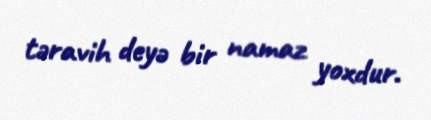
təravih deyə bir namaz yoxdur.